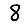
Digit: 8